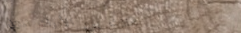
محلات بيع الأدوات المنزلي